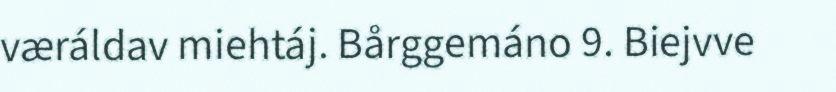
væráldav miehtáj. Bårggemáno 9. Biejvve